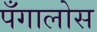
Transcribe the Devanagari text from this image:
पँगालोस